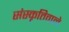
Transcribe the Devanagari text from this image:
संस्कृतिवाले